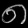
Digit: ၈